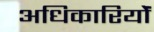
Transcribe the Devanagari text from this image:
अधिकारियोंं